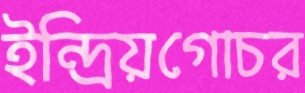
ইন্দ্রিয়গোচর